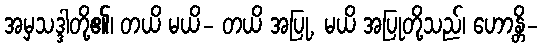
အမှသဒ္ဒါတို့၏၊ တယိ မယိ- တယိ အပြု, မယိ အပြုတို့သည်၊ ဟောန္တိ-